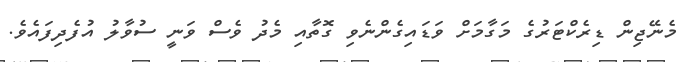
މެނޭޖިން ޑިރެކްޓަރުގެ މަގާމަށް ވަޑައިގެންނެވި ގޮތާއި މެދު ވެސް ވަނީ ސުވާލު އުފެދިފައެވެ.